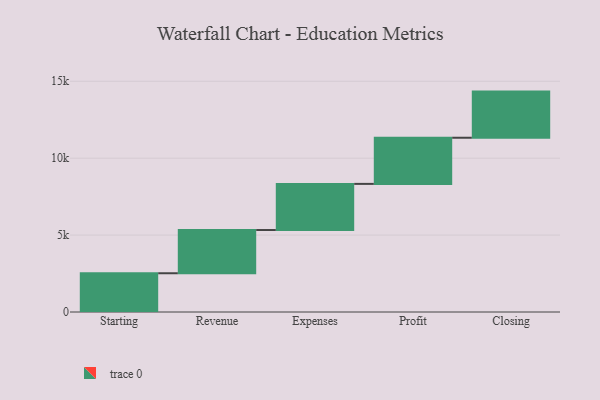
{"axis": {"x": "Step", "y": "Value"}, "legend": [""], "data": [{"x": "Starting", "y": 2519.0, "type": ""}, {"x": "Revenue", "y": 2810.0, "type": ""}, {"x": "Expenses", "y": 3000, "type": ""}, {"x": "Profit", "y": 3000, "type": ""}, {"x": "Closing", "y": 3000, "type": ""}]}